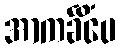
အာကင်္ခိံပေ